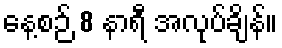
နေ့စဉ် 8 နာရီ အလုပ်ချိန်။